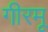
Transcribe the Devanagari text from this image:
गीरमू